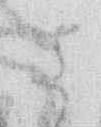
さ